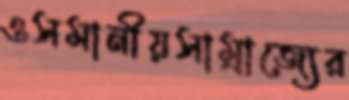
ওসমানীয়সাম্রাজ্যের